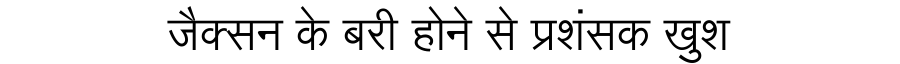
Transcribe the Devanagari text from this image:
जैक्सन के बरी होने से प्रशंसक खुश